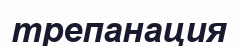
трепанация